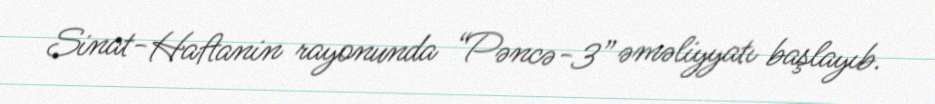
Sinat-Haftanin rayonunda “Pəncə-3” əməliyyatı başlayıb.